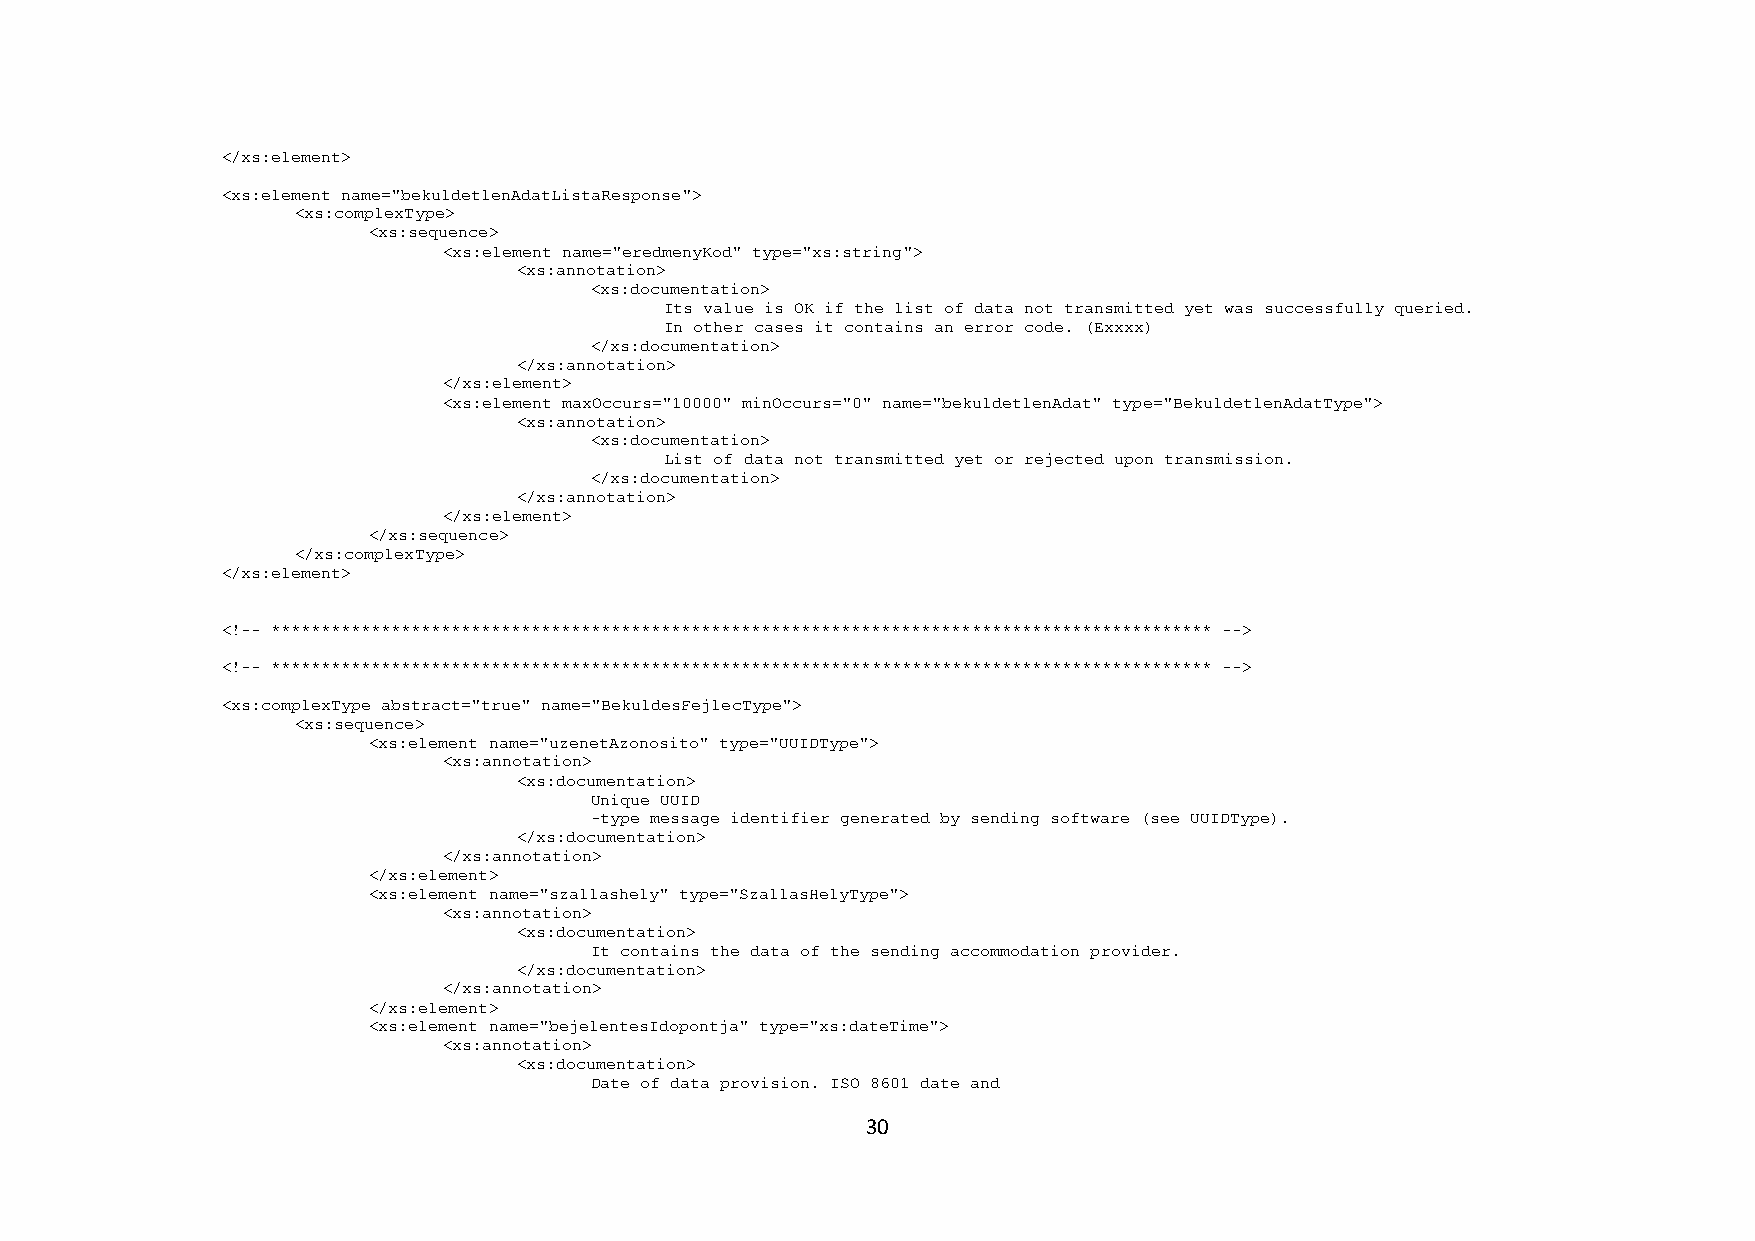
</xs:element>
 <xs:element name="bekuldetlenAdatListaResponse">
 <xs:complexType>
 <xs:sequence>
 <xs:element name="eredmenyKod" type="xs:string">
 <xs:annotation>
 <xs:documentation>
 Its value is OK if the list of data not transmitted yet was successfully queried.
 In other cases it contains an error code. (Exxxx)
 </xs:documentation>
 </xs:annotation>
 </xs:element>
 <xs:element maxOccurs="10000" minOccurs="0" name="bekuldetlenAdat" type="BekuldetlenAdatType">
 <xs:annotation>
 <xs:documentation>
 List of data not transmitted yet or rejected upon transmission.
 </xs:documentation>
 </xs:annotation>
 </xs:element>
 </xs:sequence>
 </xs:complexType>
 </xs:element>
 <!-- ********************************************************************************************** -->
 <!-- ********************************************************************************************** -->
 <xs:complexType abstract="true" name="BekuldesFejlecType">
 <xs:sequence>
 <xs:element name="uzenetAzonosito" type="UUIDType">
 <xs:annotation>
 <xs:documentation>
 Unique UUID
 -type message identifier generated by sending software (see UUIDType).
 </xs:documentation>
 </xs:annotation>
 </xs:element>
 <xs:element name="szallashely" type="SzallasHelyType">
 <xs:annotation>
 <xs:documentation>
 It contains the data of the sending accommodation provider.
 </xs:documentation>
 </xs:annotation>
 </xs:element>
 <xs:element name="bejelentesIdopontja" type="xs:dateTime">
 <xs:annotation>
 <xs:documentation>
 Date of data provision. ISO 8601 date and
 30